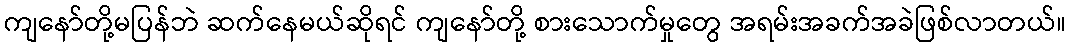
ကျနော်တို့မပြန်ဘဲ ဆက်နေမယ်ဆိုရင် ကျနော်တို့ စားသောက်မှုတွေ အရမ်းအခက်အခဲဖြစ်လာတယ်။